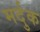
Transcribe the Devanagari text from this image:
मर्दुक